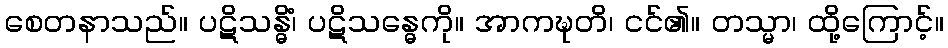
စေတနာသည်။ ပဋိသန္ဓိံ၊ ပဋိသန္ဓေကို။ အာကဍ္ဎတိ၊ ငင်၏။ တသ္မာ၊ ထို့ကြောင့်။